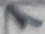
Text: 1